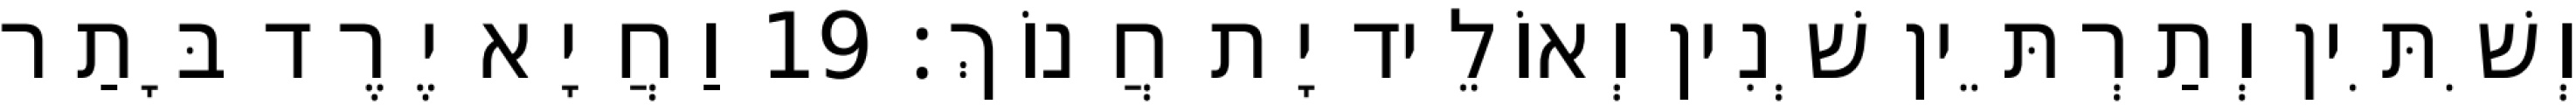
וְשִׁתִּין וְתַרְתֵּין שְׁנִין וְאוֹלֵיד יָת חֲנוֹךְ׃ 19 וַחֲיָא יֶרֶד בָּתַר